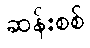
ဆန်းစစ်